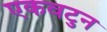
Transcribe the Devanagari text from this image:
एकवटुन